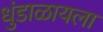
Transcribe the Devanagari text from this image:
धुंडाळायला